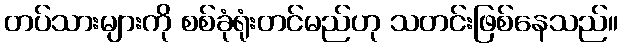
တပ်သားများကို စစ်ခုံရုံးတင်မည်ဟု သတင်းဖြစ်နေသည်။